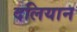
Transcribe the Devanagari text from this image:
दलियान